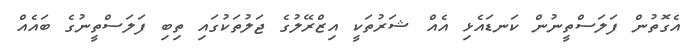
އެގޮތުން ފަލަސްތީނުން ކަނޑައެޅި އެއް ޝަރުތަކީ އިޒްރޭލުގެ ޖަލުތަކުގައި ތިބި ފަލަސްތީނުގެ ބައެއް